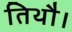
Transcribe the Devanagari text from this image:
तिथौ।